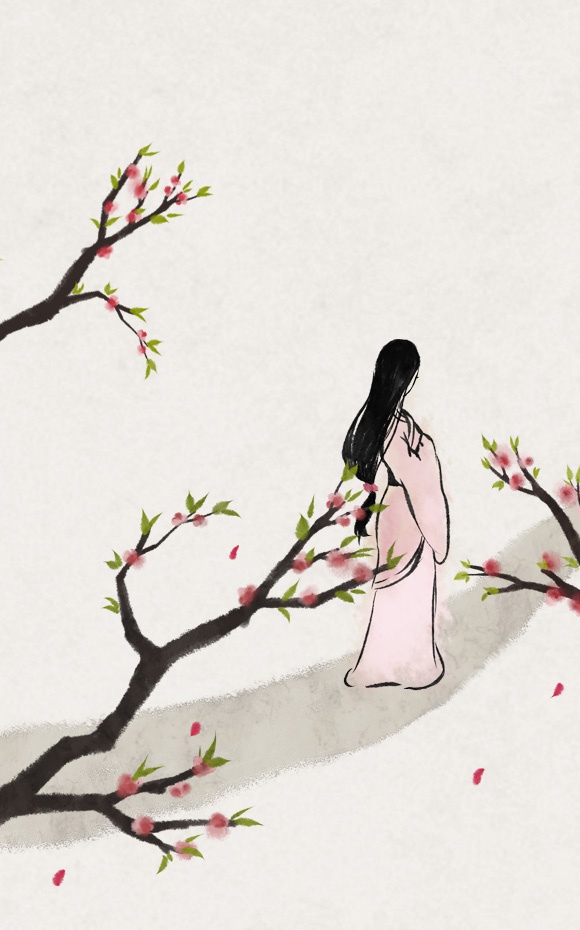
写不了相思，又蘸凉波飞去。